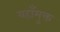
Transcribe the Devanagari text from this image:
यहाँमुक्त